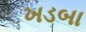
ખડબા